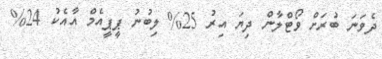
ދެވަނަ ބުރަށް ވޯޓްލާން ދިޔަ އިރު 25% ލިބުނު ޕީޕީއެމް އާއެކު 24%